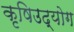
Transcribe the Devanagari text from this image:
कृषिउद्योग